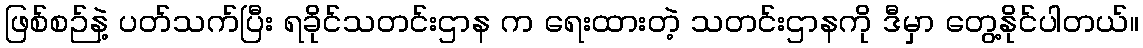
ဖြစ်စဉ်နဲ့ ပတ်သက်ပြီး ရခိုင်သတင်းဌာန က ရေးထားတဲ့ သတင်းဌာနကို ဒီမှာ တွေ့နိုင်ပါတယ်။